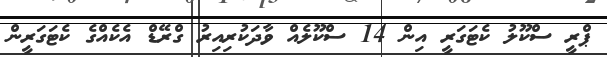
ޕްރީ ސްކޫލު ކެޓަގަރީ އިން 14 ސްކޫލެއް ވާދަކުރިއިރު ގްރޭޑް އެކެއްގެ ކެޓަގަރީން